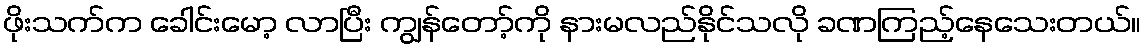
ဖိုးသက်က ခေါင်းမော့ လာပြီး ကျွန်တော့်ကို နားမလည်နိုင်သလို ခဏကြည့်နေသေးတယ်။